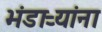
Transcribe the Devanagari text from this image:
भंडाऱ्यांना